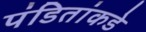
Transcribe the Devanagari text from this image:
पंडितांकडे